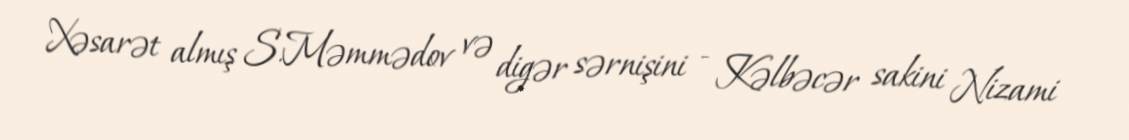
Xəsarət almış S.Məmmədov və digər sərnişini - Kəlbəcər sakini Nizami